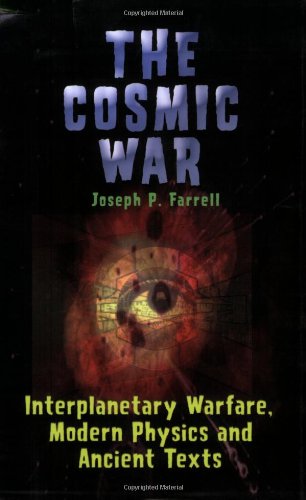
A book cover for The Cosmic War: Interplanetary Warfare, Modern Physics, and Ancient Texts: A Study in Non-Catastrophist Interpretations of Ancient Leg; Joseph P. Farrell; Science & Math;